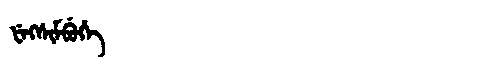
Manchu: ᡶᡝᡴᠰᡳᠮᠪᡠᡥᡝ
Romanization: FEKSIMBUHE